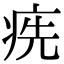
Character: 㾌